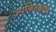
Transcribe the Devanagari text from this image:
उपजिल्ह्याचा